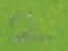
Text: 2